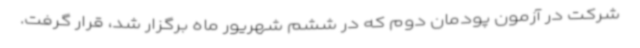
شرکت در آزمون پودمان دوم که در ششم شهریور ماه برگزار شد، قرار گرفت.